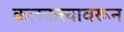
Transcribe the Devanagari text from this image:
कलकत्त्यावरून